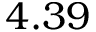
4 . 3 9